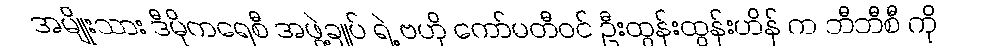
အမျိုးသား ဒီမိုကရေစီ အဖွဲ့ချုပ် ရဲ့ ဗဟို ကော်မတီဝင် ဦးထွန်းထွန်းဟိန် က ဘီဘီစီ ကို